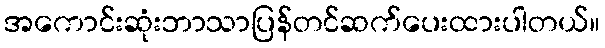
အကောင်းဆုံးဘာသာပြန်တင်ဆက်ပေးထားပါတယ်။